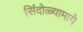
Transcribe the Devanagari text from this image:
सिंदोळ्यामागे